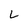
Character: L